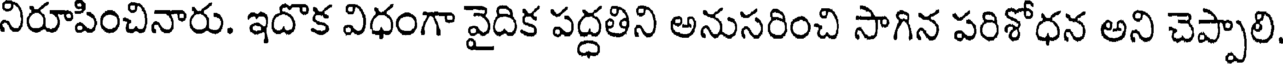
నిరూపించినారు. ఇదొక విధంగా వైదిక పద్ధతిని అనుసరించి సాగిన పరిశోధన అని చెప్పాలి